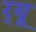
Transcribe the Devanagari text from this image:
र्‌यू